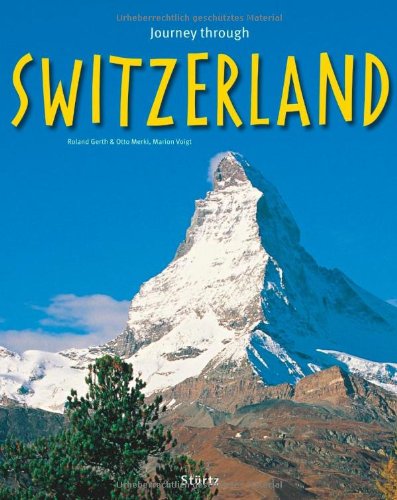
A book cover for Journey Through Switzerland (Journey Through series); Otto Merki; Travel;